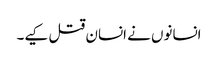
انسانوں نے انسان قتل کیے۔